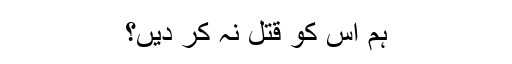
ہم اس کو قتل نہ کر دیں؟